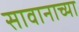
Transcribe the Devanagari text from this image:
सावानाच्या